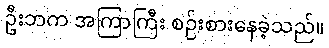
ဦးဘက အကြာကြီး စဉ်းစားနေခဲ့သည်။